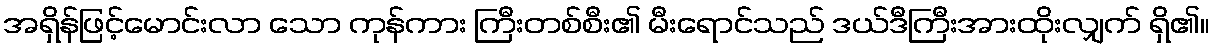
အရှိန်ဖြင့်မောင်းလာ သော ကုန်ကား ကြီးတစ်စီး၏ မီးရောင်သည် ဒယ်ဒီကြီးအားထိုးလျှက် ရှိ၏။